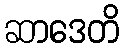
ဆာဒေတိ